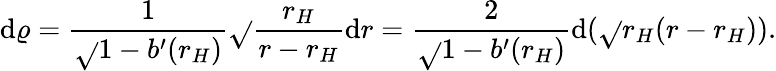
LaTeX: \mathrm{d}\varrho={\frac{{1}}{{\sqrt{}{{1-b^{\prime}(r_{H})}}}}}\sqrt{}{{{\frac{{r_{H}}}{{r-r_{H}}}}}}\mathrm{d}r={\frac{{2}}{{\sqrt{}{{1-b^{\prime}(r_{H})}}}}}\mathrm{d}(\sqrt{}{{r_{H}(r-r_{H})}}).